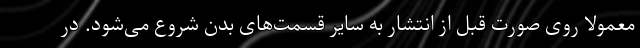
معمولاً روی صورت قبل از انتشار به سایر قسمت‌های بدن شروع می‌شود. در